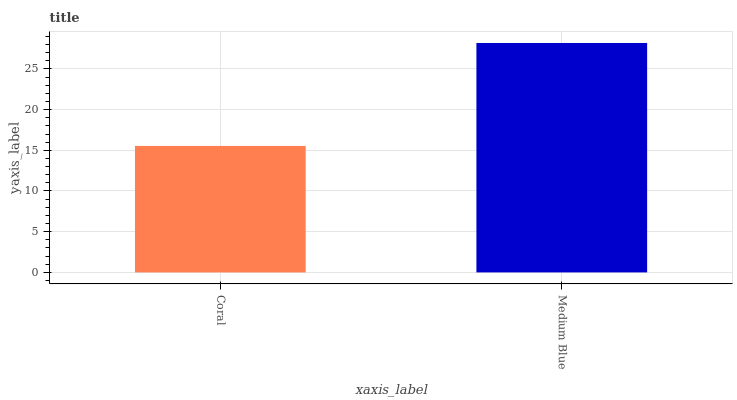
| xaxis_label | bars |
 | --- | --- |
 | Coral | 15.5 |
 | Medium Blue | 28.2 |